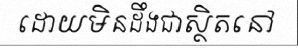
ដោយមិនដឹងជាស្ថិតនៅ